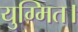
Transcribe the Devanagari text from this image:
युग्मित।